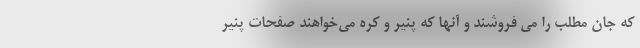
که جان مطلب را می فروشند و آنها که پنیر و کره می‌خواهند صفحات پنیر